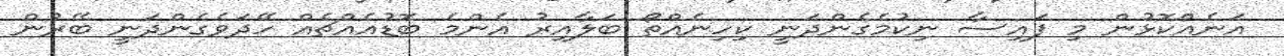
އަނެއްކޮޅުން މި ފައިސާ ނިކުމެގެންދަނީ ކިހިނެއްތޯ ބަލާއިރު އެންމެ ބޮޑުއެއްޗެއް ހޭދަވެގެންދަނީ ބޭރުން